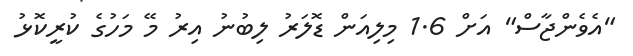
"އެވެންޖާސް" އަށް 1.6 މިލިއަން ޑޮލަރު ލިބުނު އިރު މޭ މަހުގެ ކުރީކޮޅު